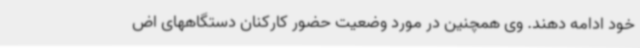
خود ادامه دهند. وی همچنین در مورد وضعیت حضور کارکنان دستگاههای اض